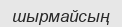
шырмайсың